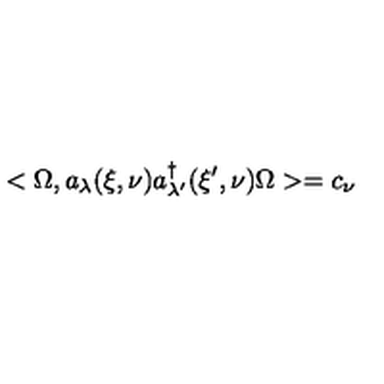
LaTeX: < \Omega , a _ { \lambda } ( \xi , \nu ) a _ { \lambda ^ { \prime } } ^ { \dag } ( \xi ^ { \prime } , \nu ) \Omega > = c _ { \nu }